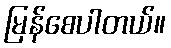
မြန်စေပါတယ်။